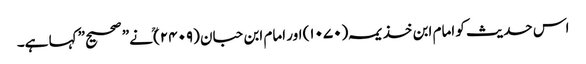
اس حدیث کو امام ابن خذیمہ (۱۰۷۰) اور امام ابن حبان (۲۴۰۹)ؒ نے” صحیح” کہا ہے۔